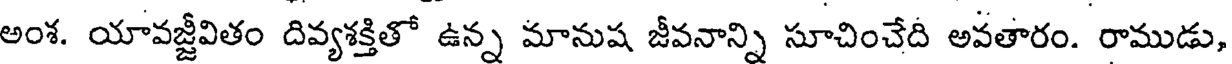
అంశ. యావజ్జీవితం దివ్యశక్తితో ఉన్న మానుష జీవనాన్ని సూచించేది అవతారం. రాముడు,